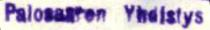
Palosaaren Yhdistys